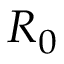
R _ { 0 }